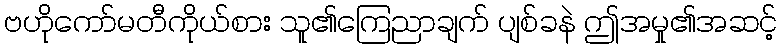
ဗဟိုကော်မတီကိုယ်စား သူ၏ကြေညာချက် ပျစ်ခနဲ ဤအမှု၏အဆင့်